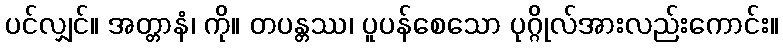
ပင်လျှင်။ အတ္တာနံ၊ ကို။ တပန္တဿ၊ ပူပန်စေသော ပုဂ္ဂိုလ်အားလည်းကောင်း။